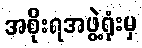
အစိုးရအဖွဲ့ရုံးမှ